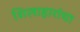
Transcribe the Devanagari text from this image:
शिलाहारांचा